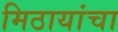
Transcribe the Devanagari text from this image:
मिठायांचा